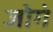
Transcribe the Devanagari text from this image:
जोगं